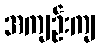
အကျဉ်းကျ